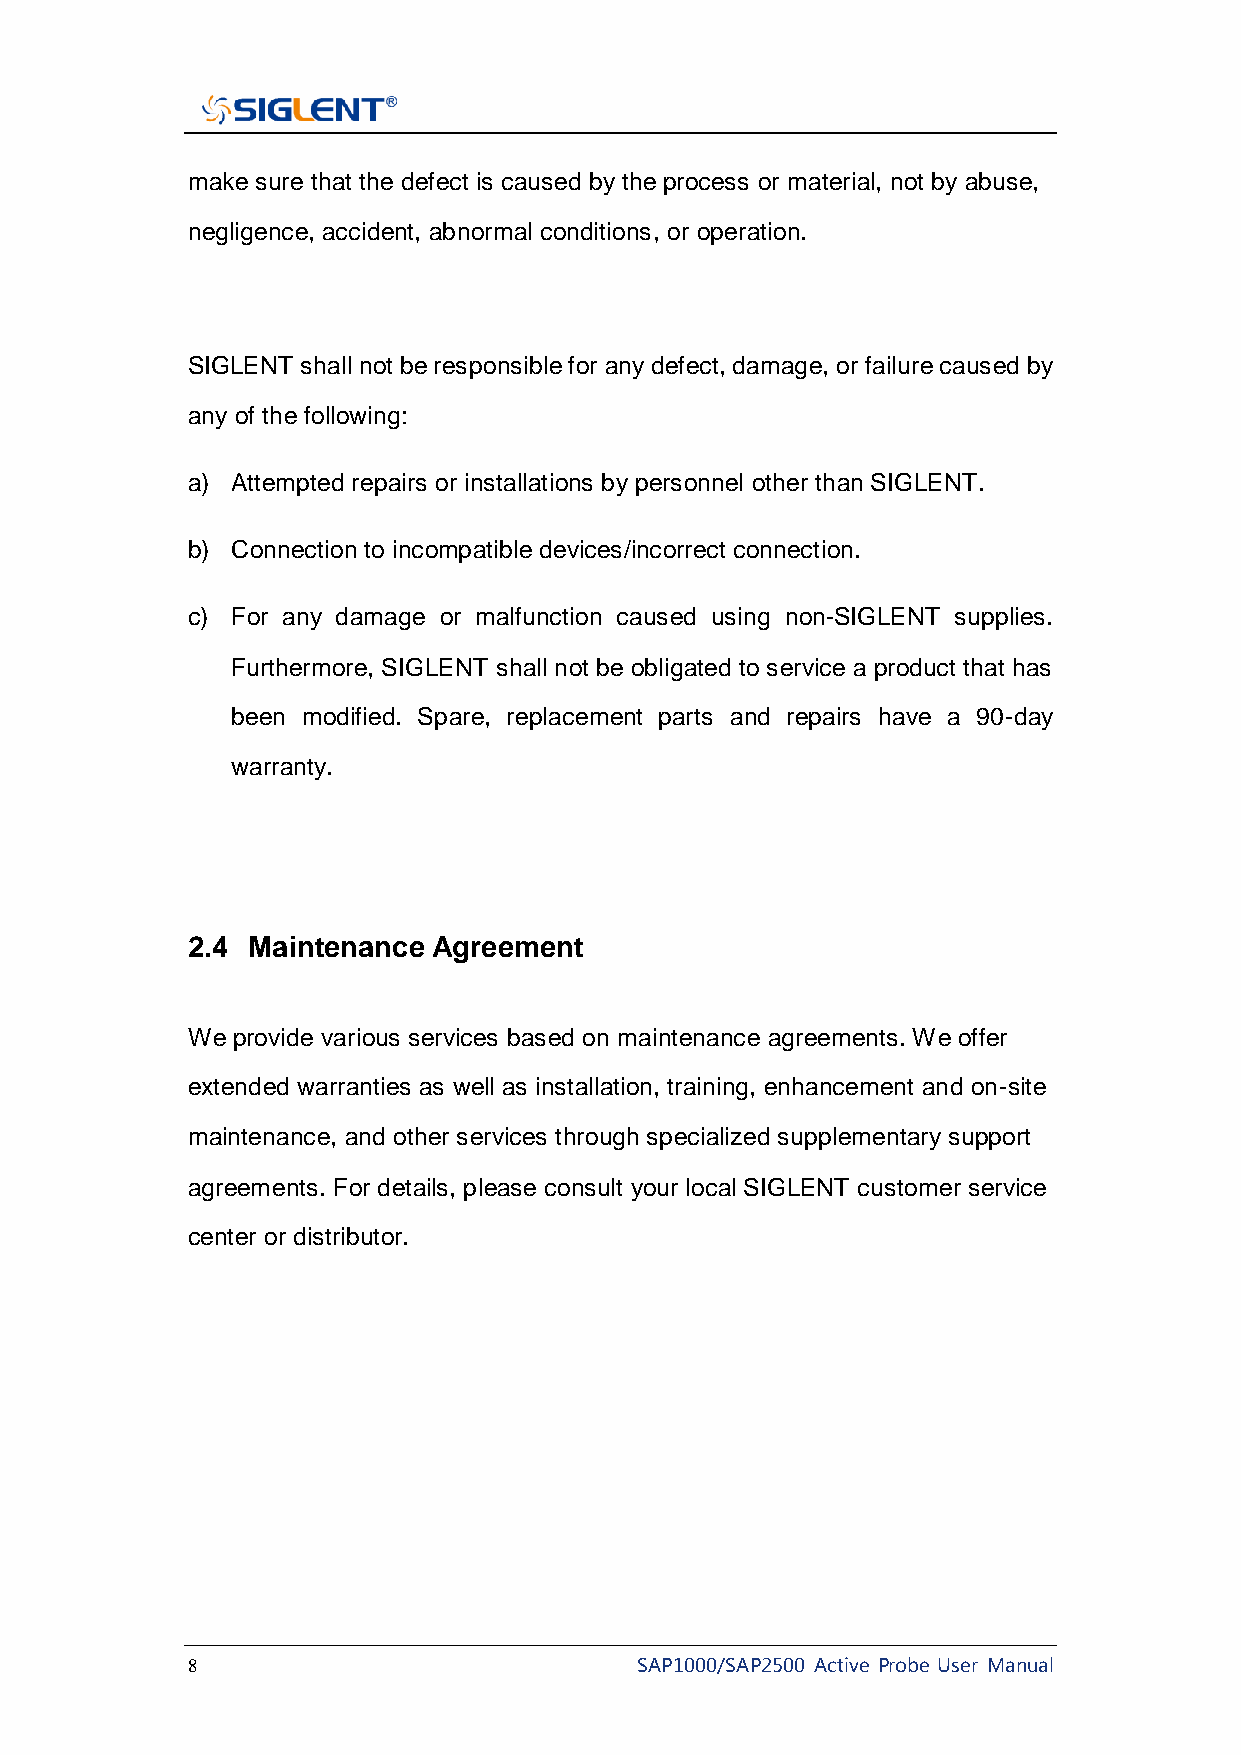
make sure that the defect is caused by the process or material, not by abuse,
 negligence, accident, abnormal conditions, or operation.
 SIGLENT shall not be responsible for any defect, damage, or failure caused by
 any of the following:
 a) Attempted repairs or installations by personnel other than SIGLENT.
 b) Connection to incompatible devices/incorrect connection.
 c) For any damage or malfunction caused using non-SIGLENT supplies.
 Furthermore, SIGLENT shall not be obligated to service a product that has
 been modified. Spare, replacement parts and repairs have a 90-day
 warranty.
 2.4 Maintenance  Agreement
 We provide various services based on maintenance agreements. We offer
 extended warranties as well as installation, training, enhancement and on-site
 maintenance, and other services through specialized supplementary support
 agreements. For details, please consult your local SIGLENT customer service
 center or distributor.
 8                             SAP1000/SAP2500 Active Probe User Manual